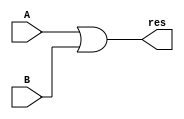
`timescale 1ns / 1ps
//////////////////////////////////////////////////////////////////////////////////
// Company: 
// Engineer: 
// 
// Design Name: 
// Module Name:    or32 
// Project Name: 
// Target Devices: 
// Tool versions: 
// Description: 
//
// Dependencies: 
//
// Revision: 
// Revision 0.01 - File Created
// Additional Comments: 
//
//////////////////////////////////////////////////////////////////////////////////
module or32(input [31:0] A,
				input [31:0] B,
				output [31:0] res
    );
assign res = A | B;

endmodule